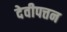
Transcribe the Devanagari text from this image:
देवीपत्तन